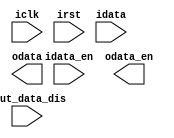
module tdm_fe(
	input  wire        iclk,
	input  wire        irst,
	input  wire [31:0] idata,	// Input data
	input  wire        idata_en,	// Input data enable
	input  wire        iout_data_dis,// disable output data
	output wire [31:0] odata,	// Output data
	output wire        odata_en,	// Output data enable
);

endmodule